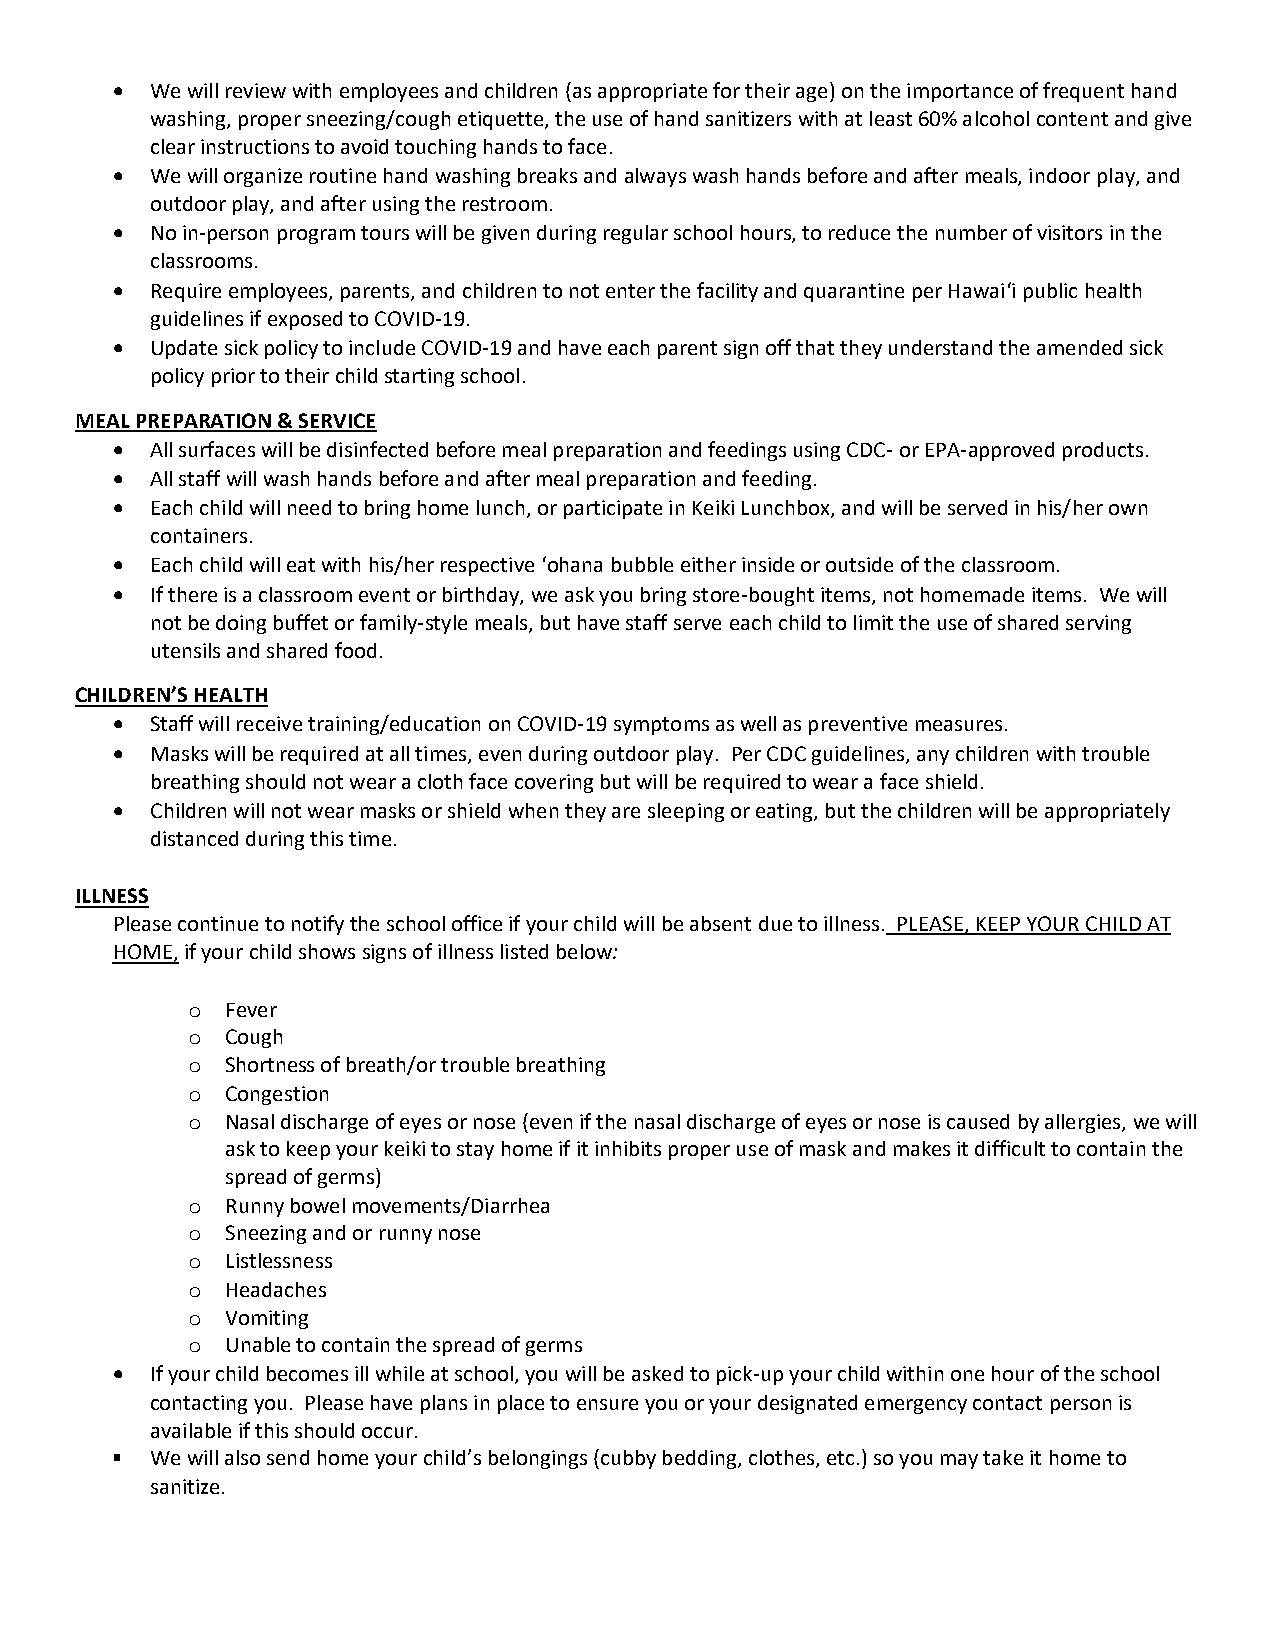
•  We will review with employees and children (as appropriate for their age) on the importance of frequent hand
 washing, proper sneezing/cough etiquette, the use of hand sanitizers with at least 60% alcohol content and give
 clear instructions to avoid touching hands to face.
 •  We will organize routine hand washing breaks and always wash hands before and after meals, indoor play, and
 outdoor play, and after using the restroom.
 •  No in-person program tours will be given during regular school hours, to reduce the number of visitors in the
 classrooms.
 •  Require employees, parents, and children to not enter the facility and quarantine per Hawaiʻi public health
 guidelines if exposed to COVID-19.
 •  Update sick policy to include COVID-19 and have each parent sign off that they understand the amended sick
 policy prior to their child starting school.
 MEAL PREPARATION & SERVICE
 •  All surfaces will be disinfected before meal preparation and feedings using CDC- or EPA-approved products.
 •  All staff will wash hands before and after meal preparation and feeding.
 •  Each child will need to bring home lunch, or participate in Keiki Lunchbox, and will be served in his/her own
 containers.
 •  Each child will eat with his/her respective ʻohana bubble either inside or outside of the classroom.
 •  If there is a classroom event or birthday, we ask you bring store-bought items, not homemade items. We will
 not be doing buffet or family-style meals, but have staff serve each child to limit the use of shared serving
 utensils and shared food.
 CHILDREN’S HEALTH
 •  Staff will receive training/education on COVID-19 symptoms as well as preventive measures.
 •  Masks will be required at all times, even during outdoor play. Per CDC guidelines, any children with trouble
 breathing should not wear a cloth face covering but will be required to wear a face shield.
 •  Children will not wear masks or shield when they are sleeping or eating, but the children will be appropriately
 distanced during this time.
 ILLNESS
 Please continue to notify the school office if your child will be absent due to illness. PLEASE, KEEP YOUR CHILD AT
 HOME, if your child shows signs of illness listed below:
 o  Fever
 o  Cough
 o  Shortness of breath/or trouble breathing
 o  Congestion
 o  Nasal discharge of eyes or nose (even if the nasal discharge of eyes or nose is caused by allergies, we will
 ask to keep your keiki to stay home if it inhibits proper use of mask and makes it difficult to contain the
 spread of germs)
 o  Runny bowel movements/Diarrhea
 o  Sneezing and or runny nose
 o  Listlessness
 o  Headaches
 o  Vomiting
 o  Unable to contain the spread of germs
 •  If your child becomes ill while at school, you will be asked to pick-up your child within one hour of the school
 contacting you. Please have plans in place to ensure you or your designated emergency contact person is
 available if this should occur.
 We will also send home your child’s belongings (cubby bedding, clothes, etc.) so you may take it home to
 sanitize.